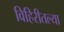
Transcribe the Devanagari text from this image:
विहिरीतल्या